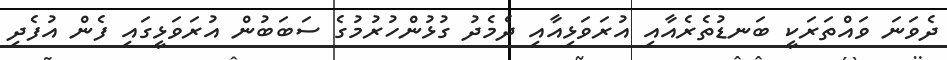
ދެވަނަ ވައްތަރަކީ ބަނޑުތެރެއާއި އުރަވަޅިއާއި ދެމެދު ގުޅުންހުރުމުގެ ސަބަބުން އުރަވަޅީގައި ފެން އުފެދި